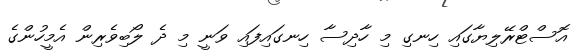
އޮސްޓްރޭލިޔާގައި ހިނގި މި ހާދިސާ ހިނގައިފައި ވަނީ މި ދެ ލޯބިވެރިން އެމީހުންގެ